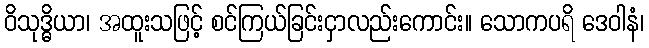
ဝိသုဒ္ဓိယာ၊ အထူးသဖြင့် စင်ကြယ်ခြင်းငှာလည်းကောင်း။ သောကပရိ ဒေဝါနံ၊